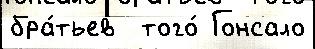
бра́тьев  того́ Гонсало